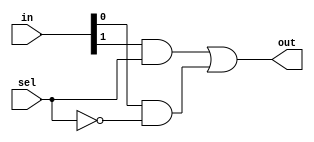
module Mux21(out, in , sel);
   input [1:0] in;

   input       sel;

   output      out;
   
   wire	       net1, net2; //creating middle points to simplify the code
   assign net1 = in[1] & sel; // assigning the middle points
   assign net2 = in[0] & !sel;
   assign out = net1 | net2; //finally making the last value output
   endmodule